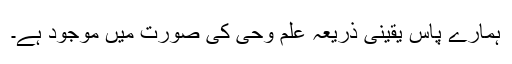
ہمارے پاس یقینی ذریعہ علم وحی کی صورت میں موجود ہے۔